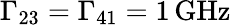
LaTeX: \Gamma_{23}=\Gamma_{41}=1\, \mathrm{GHz}